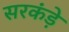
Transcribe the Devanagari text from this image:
सरकंड़े